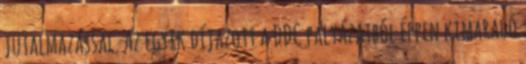
jutalmazással. Az egyik díjazott a DDC pályázatból éppen kimaradó